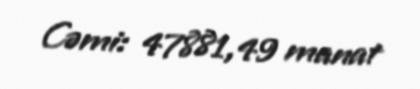
Cəmi: 47881,49 manat